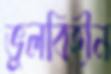
ভুলবিহীন